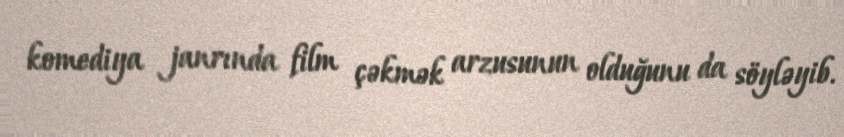
komediya janrında film çəkmək arzusunun olduğunu da söyləyib.